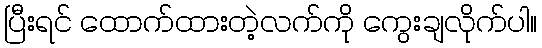
ပြီးရင် ထောက်ထားတဲ့လက်ကို ကွေးချလိုက်ပါ။